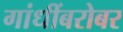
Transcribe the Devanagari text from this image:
गांधींबरोबर